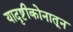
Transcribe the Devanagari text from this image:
यादृष्टीकोनातून